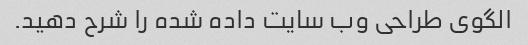
الگوی طراحی وب سایت داده شده را شرح دهید.